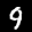
Label: 9